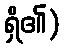
ရှိ၏)